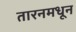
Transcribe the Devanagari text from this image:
तारनमधून